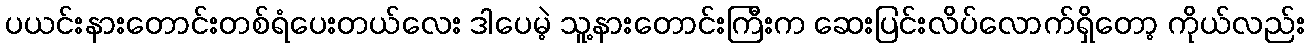
ပယင်းနားတောင်းတစ်ရံပေးတယ်လေး ဒါပေမဲ့ သူ့နားတောင်းကြီးက ဆေးပြင်းလိပ်လောက်ရှိတော့ ကိုယ်လည်း